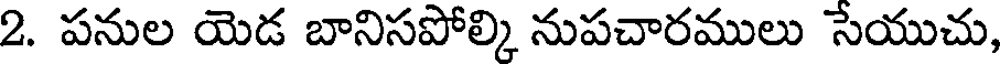
2. పనుల యెడ బానిసపోల్కి నుపచారములు సేయుచు,